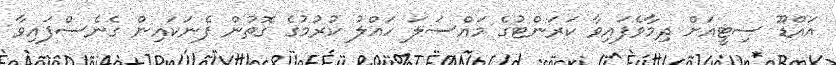
އައްޑޫ ސިޓީއަށް ދިމާވެފައިވާ ކަރަންޓުގެ މައްސަލަ ހައްލު ކުރުމުގެ ގޮތުން ފެނަކައިން ގެނެސްފައިވާ